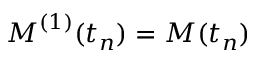
\boldsymbol { M } ^ { ( 1 ) } ( t _ { n } ) = \boldsymbol { M } ( t _ { n } )